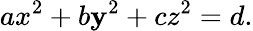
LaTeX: ax^{2}+b\mathbf{y}^{2}+cz^{2}=d.